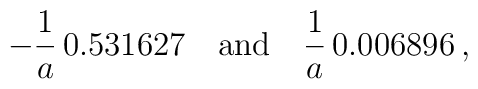
-\frac{1}{a}\,0.531627 \quad \mbox{and}\quad \frac{1}{a}\,0.006896\,{,}